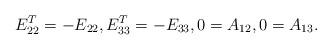
LaTeX: \begin{align*}E_{22}^T=-E_{22},E_{33}^T=-E_{33},0=A_{12},0=A_{13}.\end{align*}